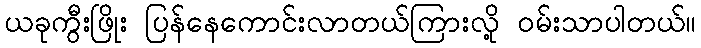
ယခုကွီးဖြိုး ပြန်နေကောင်းလာတယ်ကြားလို့ ဝမ်းသာပါတယ်။